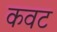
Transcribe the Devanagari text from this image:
कवट